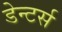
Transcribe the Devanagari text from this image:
डेन्टर्स